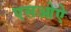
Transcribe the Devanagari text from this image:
एसओऐ